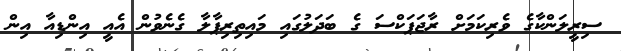
ސިރީލަންކާގެ ވެރިކަމަށް ރާޖަޕަކްސަ ގެ ބަދަލުގައި މައިތިރިޕާލާ ގެނެވުން އެއީ އިންޑިއާ އިން